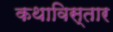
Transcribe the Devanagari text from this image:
कथाविस्तार